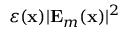
\varepsilon ( \mathbf { x } ) | \mathbf { E } _ { m } ( \mathbf { x } ) | ^ { 2 }